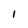
Character: I